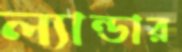
ল্যান্ডার